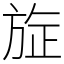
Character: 㫌